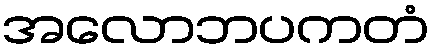
အလောဘပကတံ